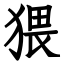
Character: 猥